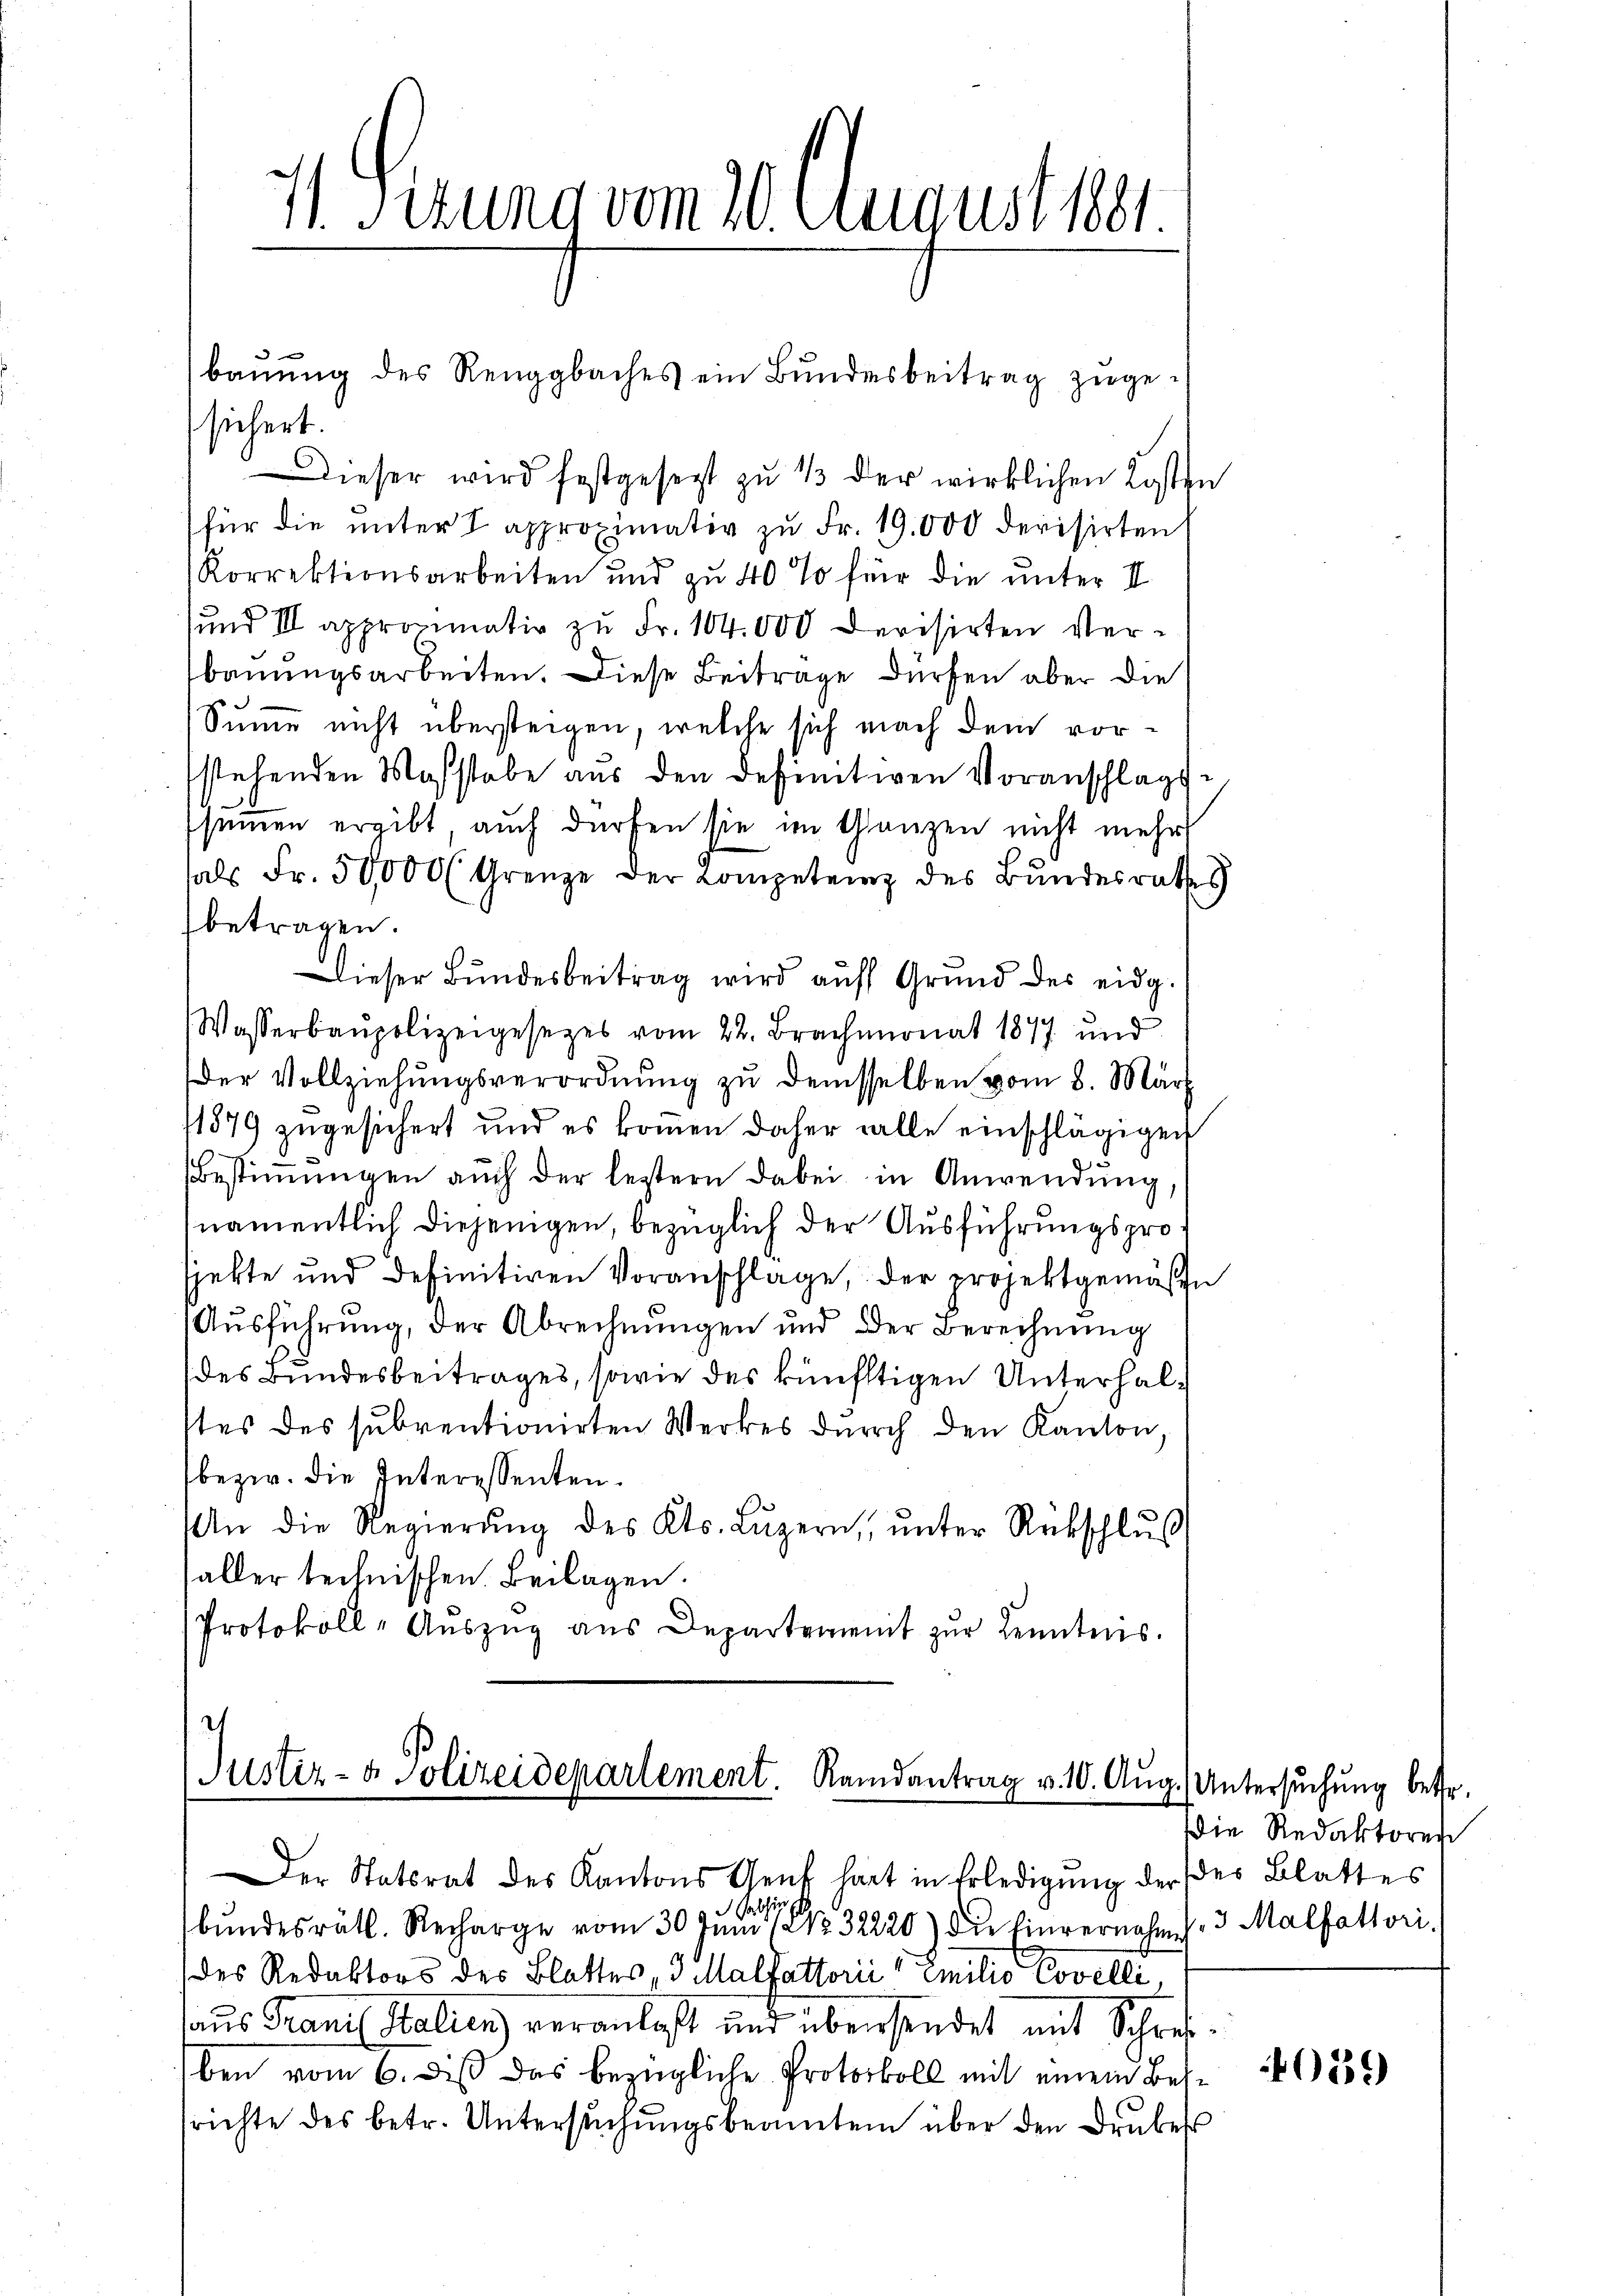
h
 Sitzung vom 20. August 1881.

sichert.
Dieser wird festgesezt zu 1/3 der wirklichen Kosten
für die ŭnter I approximativ zŭ Fr. 19,000 derisirten
Korrektionsarbeiten und zu 40 % für die unter II
und III apprommativ zŭ Fr. 104. 000 derisirten Verbauungsarbeiten. Diese Beitrage dürfen aber die
Summe nicht übersteigen, welche sich nach dem vorstehenden Maßstabe aus den definitiven Voranschlagsseinen ergibt, auch dürfen sie im Ganzen nicht mehr
hals Fr. 50,000 l. Grenze der Kompetenz des Bundesrathes
betragen.
Dieser Bundesbeitrag wird auf Grund des eidg.
Wasserbaupolizeigesetzes vom 22. Brachmonat 1877 und
Der Vollziehŭngsverordnŭng zu demsselben vom 8. März
11879 zugesichert und es kommen daher alle einschlägigen
Bestiṁŭngen auch der leztern dabei in Anwendung
namentlich diejenigen, bezüglich der Ausführungsprosjekte und definitiven Voranschlage, der projektgemäße
Aŭsführung, der Abrechnŭngen und der Berechnŭng
des Bundesbeitrages, sowie des künftigen Unterhalstes des subventionirten Werkes dŭrch den Kanton,
bezw. die Interessenten.
An die Regierŭng des Kts. Lŭzern, ŭnter Rückschlŭs
aller technischen Beilagen.
Protokoll-Aŭszŭg ans Departement zur Kenntnis.

bauung des Renggbaches ein Bundesbeitrag zuge¬

Guster- & Polizeidepartement. Randantrag v. 10. Aŭg. Untersŭchŭng betr.

Der Statsrat des Kantons Genf hart in Erledigung der der Blattes
ali
bŭndesrätl. Recharge vom 30. Jŭni 7 Nr. 32220) die Einvernahm s. 3 Malfattori.
des Redaktors des Blattes, 3 Malfattorii " Emilio Covelli
aus Franz Stalien) veranlaßt und übersendet mit Schrifben vom 6. dieß das bezügliche Protokoll mit einem Bessrichte des betr. Untersuchungsbeamten über den Drubers

die Redaktoren

059